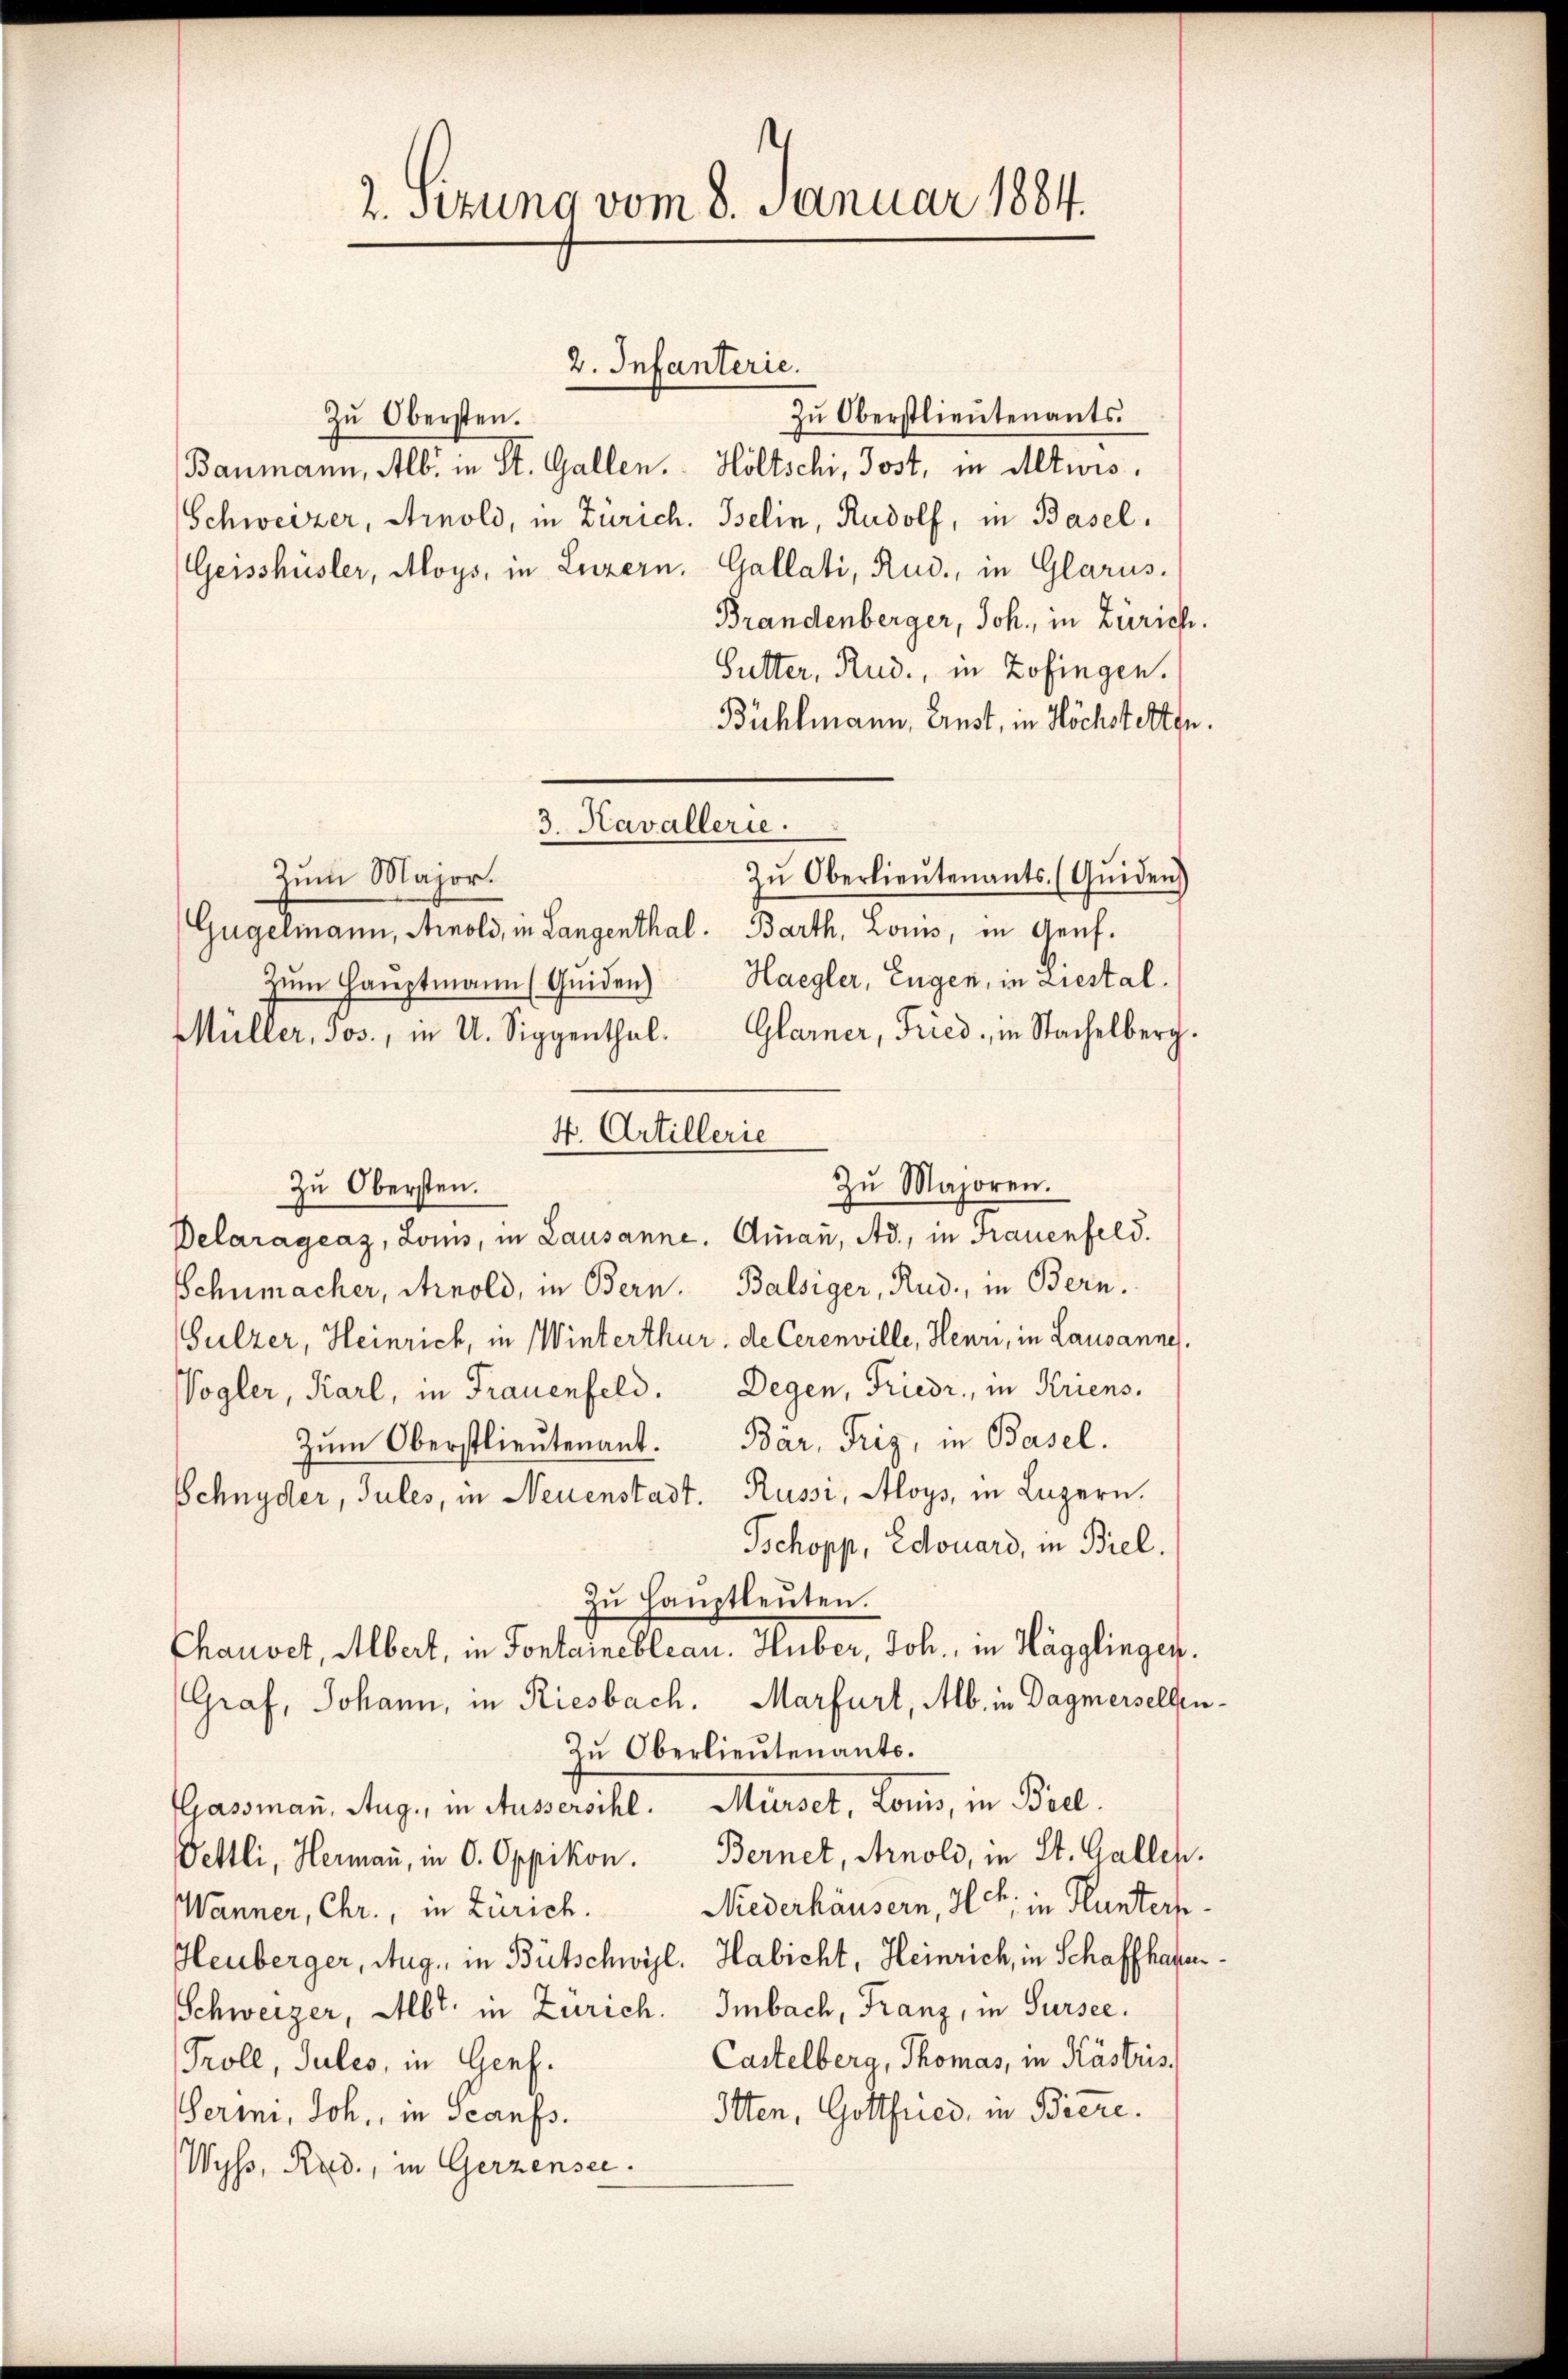
2. Sitzung vom 8. Januar 1884.

2. Infanterie.
Zŭ Obersten.
Zŭ Oberstlieutenants.
Baumann, Alb. in St. Gallen. Höltschi, Jost, in Altwis,
Schweizer, Arnold, in Zürich. Iselin, Rudolf, in Basel.
Geisshüsler, Moys, in Luzern. Gallati, Rud., in Glarus.
Brandenberger, Joh., in Zürich.
Sutter, Rud., in Zofingen.
Bühlmann, Ernst, in Höchstetten.
Zum Major.
Gügelmann, Arnold, in Langenthal: Barth, Louis, in Genf.
Haegler, Eugen, in Liestal¬
Zum Hauptmann (Quiden)
Müller, Jos., in U. Siggenthal. Glarner, Fried, in Sachelberg.
4. Artillerie
Zu Obersten.
Delaragraz, Loms, in Lausanne. Aman, Ad., in Frauenfeld.
Schumacher, Arnold, in Bern. Balsiger, Rud., in Bern.
Gulzer, Heinrich, in Winterthur, de Cerenville, Heur, in Lausanne
Vogler, Karl, in Frauenfeld. Degen, Friedr., in Kriens¬
Zum Oberstlieutenant. Bär, Friz, in Basel.
Schnyder, Jules, in Neuenstadt. Russi, Aloys, in Luzern.
Tschopp, Edouard, in Biel.
Zŭ Haŭptleŭten.
Chauvet, Albert, in Fontainebleau. Huber, Joh. in Hägglingen.
Graf, Johann, in Riesbach. Marfurt, Alb. in Dagmerselben¬
Zu Oberlieutenants.
Gassman, Aug., in Aussersihl. Mürset, Louis, in Biel.
Vettli, Hermaṅ, in O. Oppikon. Bernet, Arnoli, in St. Gallen.
Niederhäusern, Hch. in Flunters
Wanner, Chr., in Zürich.
Heuberger, Aug., in Bütschwyl, Habicht, Heinrich, in Schaffhausen¬
Schweizer, Abt. in Zürich. Imbach, Franz, in Sursee.
Castelberg, Thomas, in Kästris
Troll, Jules, in Genf.
Itten, Gottfried, in Biere.
Permi, Joh., in Scanfs.
Wyss, Rud., in Gerzensee.

3 Kavallerie.
Zŭ Oberlieŭtenants. (Qŭiden)

Zu Majoren.